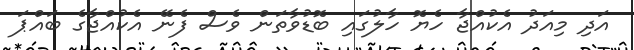
އަދި މިއަދު އެކުއްޖާ ހެޔޮ ހާލުގައި ބޮޑުވާތަން ވެސް ފެނޭ އެކުއްޖާގެ ބައްޕަ